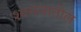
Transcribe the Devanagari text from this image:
श्वसनातील